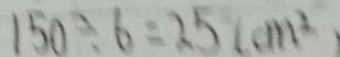
1 5 0 \div 6 = 2 5 ( c m ^ { 2 } )